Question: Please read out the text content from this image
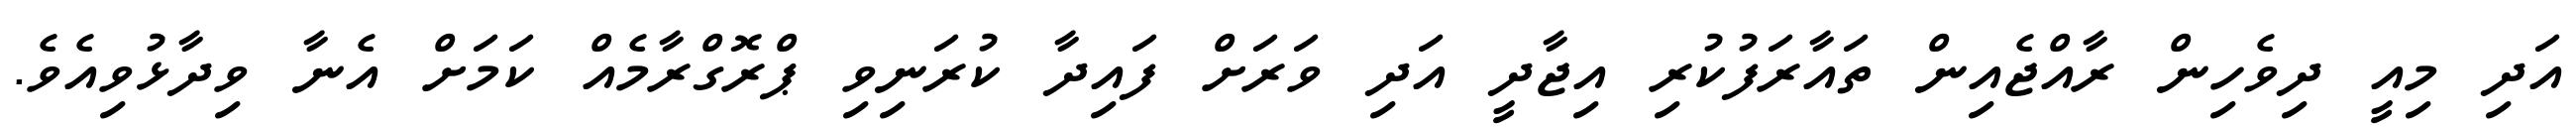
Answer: އަދި މިއީ ދިވެހިން ރާއްޖެއިން ތައާރަފުކުރި އިޖާދީ އަދި ވަރަށް ފައިދާ ކުރަނިވި ޕްރޮގްރާމެއް ކަމަށް އެނާ ވިދާޅުވިއެވެ.